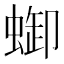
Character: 𧌋